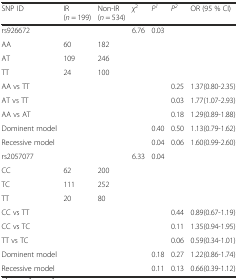
| SNP ID | IR(n = 199) | Non-IR(n = 534) | χ2 | P1 | P2 | OR (95 % CI) |
 | --- | --- | --- | --- | --- | --- | --- |
 | rs926672 |  |  | 6.76 | 0.03 |  |  |
 | AA | 60 | 182 |  |  |  |  |
 | AT | 109 | 246 |  |  |  |  |
 | TT | 24 | 100 |  |  |  |  |
 | AA vs TT |  |  |  |  | 0.25 | 1.37(0.80-2.35) |
 | AT vs TT |  |  |  |  | 0.03 | 1.77(1.07-2.93) |
 | AA vs AT |  |  |  |  | 0.18 | 1.29(0.89-1.88) |
 | Dominent model |  |  |  | 0.40 | 0.50 | 1.13(0.79-1.62) |
 | Recessive model |  |  |  | 0.04 | 0.06 | 1.60(0.99-2.60) |
 | rs2057077 |  |  | 6.33 | 0.04 |  |  |
 | CC | 62 | 200 |  |  |  |  |
 | TC | 111 | 252 |  |  |  |  |
 | TT | 20 | 80 |  |  |  |  |
 | CC vs TT |  |  |  |  | 0.44 | 0.89(0.67-1.19) |
 | CC vs TC |  |  |  |  | 0.11 | 1.35(0.94-1.95) |
 | TT vs TC |  |  |  |  | 0.06 | 0.59(0.34-1.01) |
 | Dominent model |  |  |  | 0.18 | 0.27 | 1.22(0.86-1.74) |
 | Recessive model |  |  |  | 0.11 | 0.13 | 0.66(0.39-1.12) |